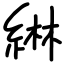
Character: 綝